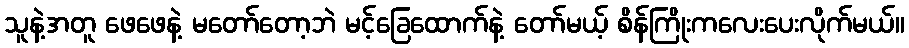
သူနဲ့အတူ ဖေဖေနဲ့ မတော်တော့ဘဲ မင့်ခြေထောက်နဲ့ တော်မယ့် စိန်ကြိုးကလေးပေးလိုက်မယ်။